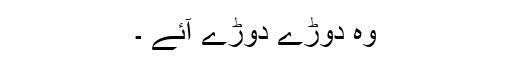
وہ دوڑے دوڑے آئے ۔